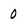
Character: 0